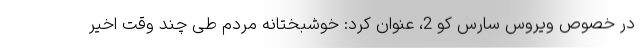
در خصوص ویروس سارس کو 2، عنوان کرد: خوشبختانه مردم طی چند وقت اخیر